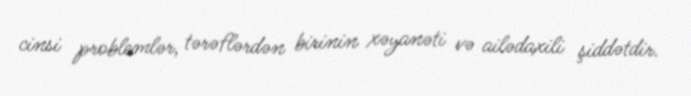
cinsi problemlər, tərəflərdən birinin xəyanəti və ailədaxili şiddətdir.